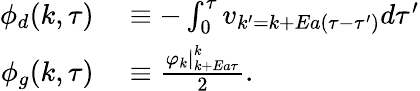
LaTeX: \begin{array}{rl}{\phi_{d}(k,\tau)}&{{}\equiv-\int_{0}^{\tau}v_{k^{\prime}=k+Ea(\tau-\tau^{\prime})}d\tau^{\prime}}\\ {\phi_{g}(k,\tau)}&{{}\equiv\frac{\left.\varphi_{k}\right|_{k+Ea\tau}^{k}}{2}.}\end{array}